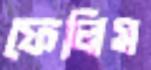
ফেলিস